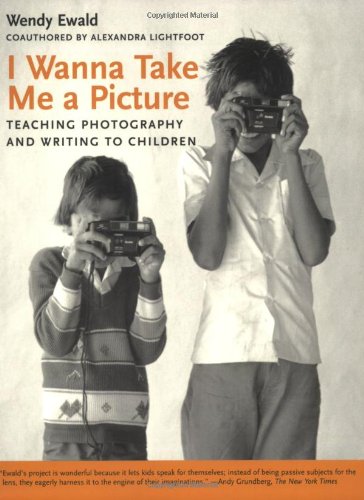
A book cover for I Wanna Take Me a Picture: Teaching Photography and Writing to Children; Wendy Ewald; Arts & Photography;